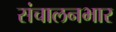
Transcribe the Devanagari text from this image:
संचालनभार